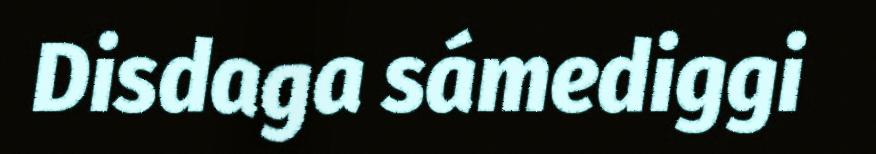
Disdaga sámediggi